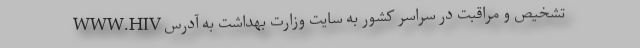
تشخیص و مراقبت در سراسر کشور به سایت وزارت بهداشت به آدرس WWW.HIV